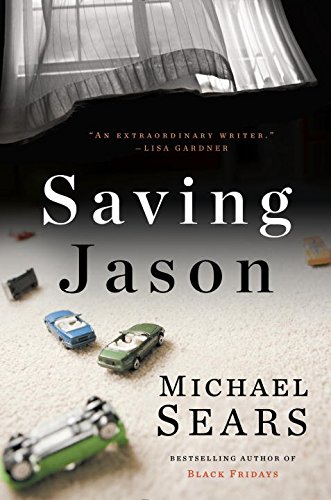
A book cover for Saving Jason (A Jason Stafford Novel); Michael Sears; Mystery, Thriller & Suspense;